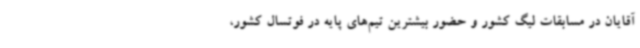
آقایان در مسابقات لیگ کشور و حضور بیشترین تیم‌های پایه در فوتسال کشور،